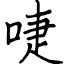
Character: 啑